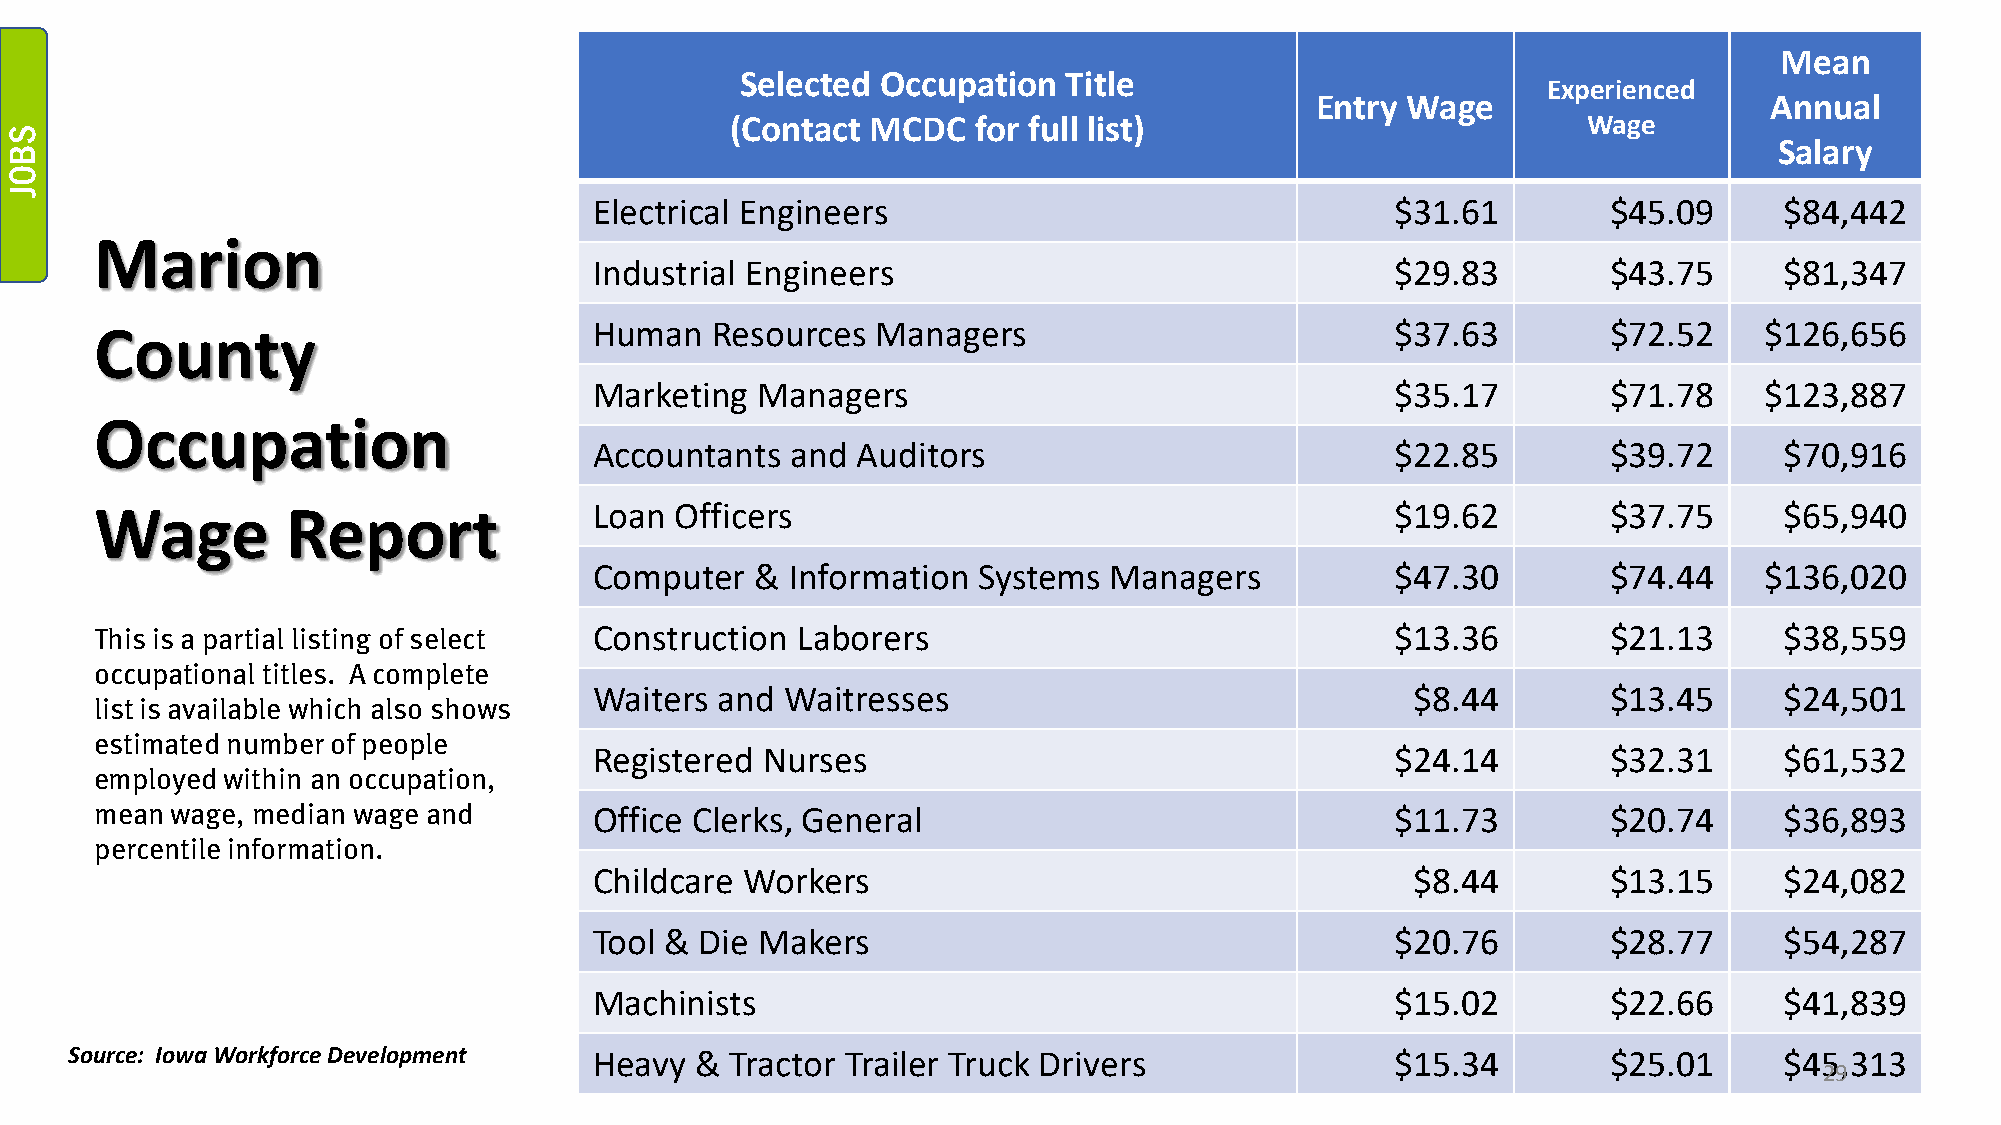
Mean
 Selected Occupation   Title
 Experienced
 Entry Wage                    Annual
 (Contact  MCDC   for full list)                          Wage
 Salary
 Electrical Engineers                                 $31.61         $45.09     $84,442
 Marion
 Industrial Engineers                                 $29.83         $43.75     $81,347
 Human   Resources  Managers                          $37.63         $72.52    $126,656
 County
 Marketing  Managers                                  $35.17         $71.78    $123,887
 Occupation
 Accountants  and  Auditors                           $22.85         $39.72     $70,916
 Loan  Officers                                       $19.62         $37.75     $65,940
 Wage         Report
 Computer   & Information  Systems Managers           $47.30         $74.44    $136,020
 This is a partial listing of select Construction Laborers                             $13.36         $21.13     $38,559
 occupational titles. A complete
 Waiters  and Waitresses                                $8.44        $13.45     $24,501
 list is available which also shows
 estimated number of people
 Registered Nurses                                    $24.14         $32.31     $61,532
 employed within an occupation,
 mean wage, median wage and       Office Clerks, General                               $11.73         $20.74     $36,893
 percentile information.
 Childcare Workers                                      $8.44        $13.15     $24,082
 Tool & Die Makers                                    $20.76         $28.77     $54,287
 Machinists                                           $15.02         $22.66     $41,839
 Source: Iowa Workforce Development Heavy & Tractor Trailer Truck Drivers               $15.34         $25.01     $45,313
 29
 SBOJ